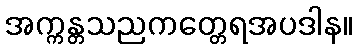
အက္ကန္တသညကတ္တေရအပဒါန။